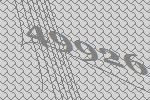
49926